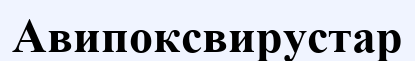
Авипоксвирустар